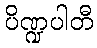
ပိဏ္ဍပါတီ